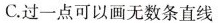
C.过一点可以画无数条直线